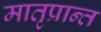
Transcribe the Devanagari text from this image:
मातृप्रान्त